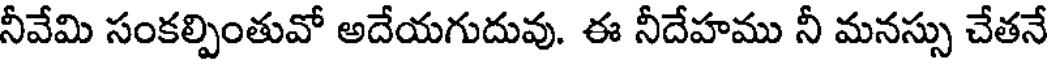
నీవేమి సంకల్పింతువో అదేయగుదువు. ఈ నీదేహము నీ మనస్సు చేతనే